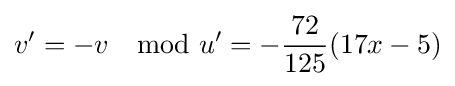
v'=-v\mod u'=-{\frac {72}{125}}(17x-5)